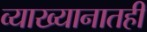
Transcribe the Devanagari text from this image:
व्याख्यानातही